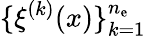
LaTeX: \{ \xi^{(k)}(x)\} _{k=1}^{n_{\mathrm{e}}}